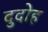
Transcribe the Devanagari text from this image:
दुदोह